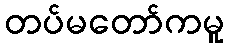
တပ်မတော်ကမူ